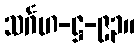
သင်္ဂဟ-ဋ္ဌ-၉၃။